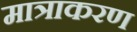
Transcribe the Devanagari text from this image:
मात्राकरण